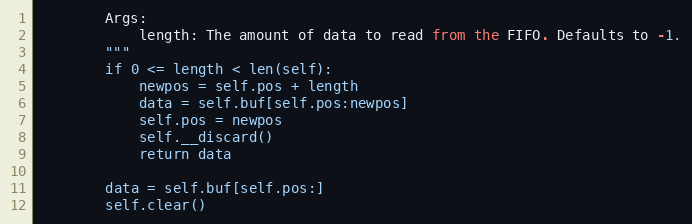
Language: Python
        Args:
            length: The amount of data to read from the FIFO. Defaults to -1.
        """
        if 0 <= length < len(self):
            newpos = self.pos + length
            data = self.buf[self.pos:newpos]
            self.pos = newpos
            self.__discard()
            return data

        data = self.buf[self.pos:]
        self.clear()